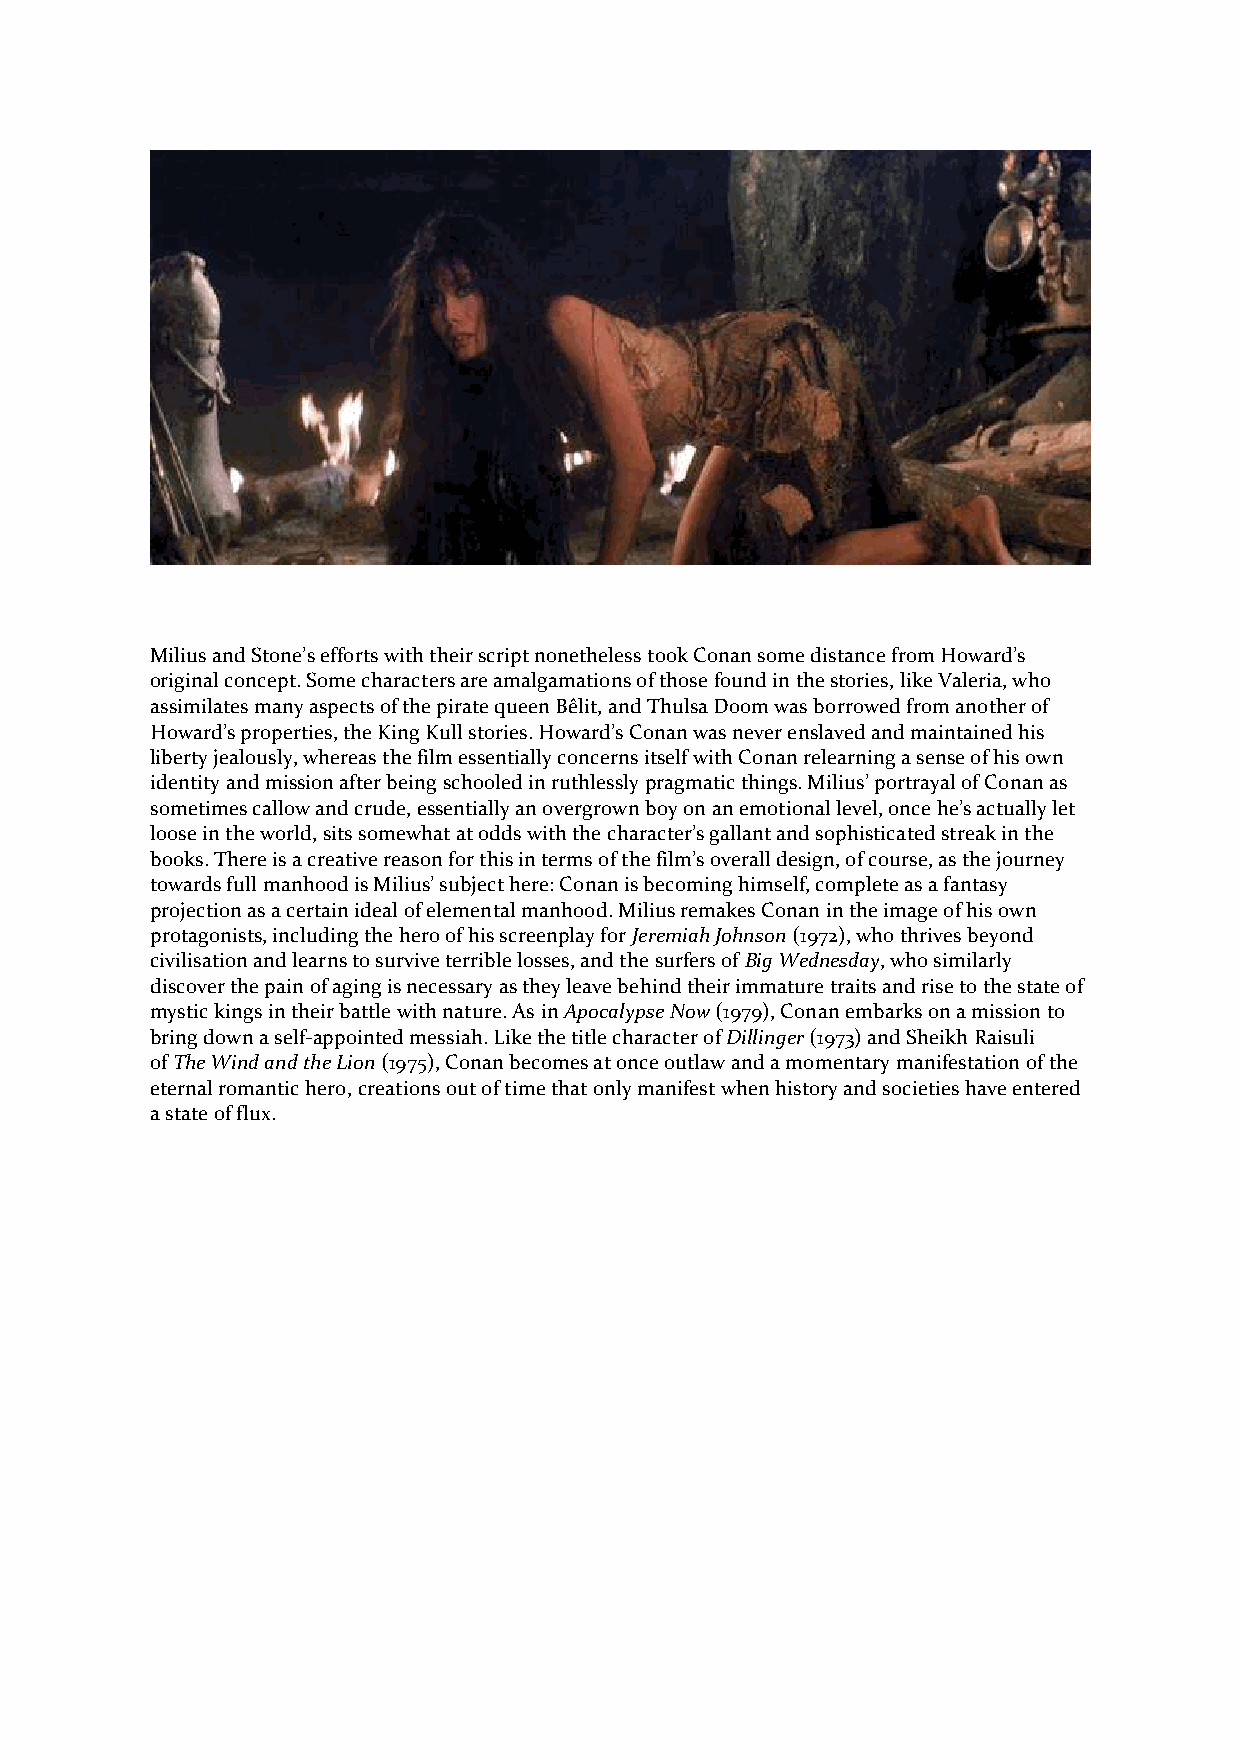
Milius and Stone’s efforts with their script nonetheless took Conan some distance from Howard’s
 original concept. Some characters are amalgamations of those found in the stories, like Valeria, who
 assimilates many aspects of the pirate queen Bêlit, and Thulsa Doom was borrowed from another of
 Howard’s properties, the King Kull stories. Howard’s Conan was never enslaved and maintained his
 liberty jealously, whereas the film essentially concerns itself with Conan relearning a sense of his own
 identity and mission after being schooled in ruthlessly pragmatic things. Milius’ portrayal of Conan as
 sometimes callow and crude, essentially an overgrown boy on an emotional level, once he’s actually let
 loose in the world, sits somewhat at odds with the character’s gallant and sophisticated streak in the
 books. There is a creative reason for this in terms of the film’s overall design, of course, as the journey
 towards full manhood is Milius’ subject here: Conan is becoming himself, complete as a fantasy
 projection as a certain ideal of elemental manhood. Milius remakes Conan in the image of his own
 protagonists, including the hero of his screenplay for Jeremiah Johnson (1972), who thrives beyond
 civilisation and learns to survive terrible losses, and the surfers of Big Wednesday, who similarly
 discover the pain of aging is necessary as they leave behind their immature traits and rise to the state of
 mystic kings in their battle with nature. As in Apocalypse Now (1979), Conan embarks on a mission to
 bring down a self-appointed messiah. Like the title character of Dillinger (1973) and Sheikh Raisuli
 of The Wind and the Lion (1975), Conan becomes at once outlaw and a momentary manifestation of the
 eternal romantic hero, creations out of time that only manifest when history and societies have entered
 a state of flux.